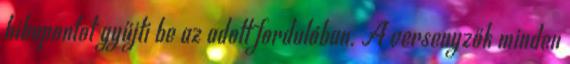
hibapontot gyűjti be az adott fordulóban. A versenyzők minden